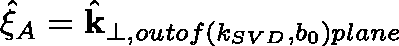
\hat { \mathbf { \xi } } _ { A } = \hat { \mathbf { k } } _ { \perp , o u t o f ( k _ { S V D } , b _ { 0 } ) p l a n e }